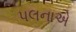
પલનાએ